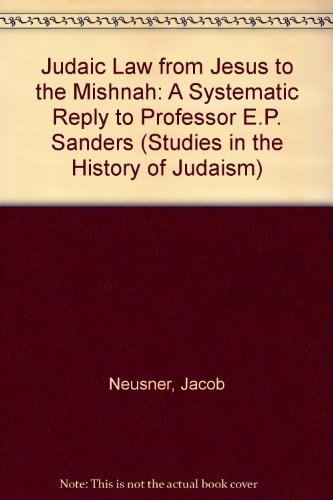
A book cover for Judaic Law from Jesus to the Mishnah: A Systematic reply to Professor E. P. Sanders (Studies in the History of Judaism); Jacob Neusner; Religion & Spirituality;